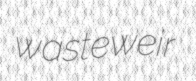
wasteweir